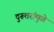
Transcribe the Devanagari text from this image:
दुरूत्तरांमुळे